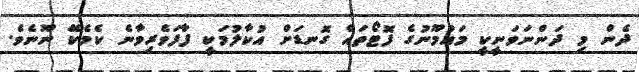
ދެން މި ދަންނަވަނީކީ މައުމޫނުގެ ފޮޓޯތައް ގޮނޑަށް އުކާލުމަކީ ފާފަވެރިވާނެ ކެމެކޭ ނޫނެވެ.